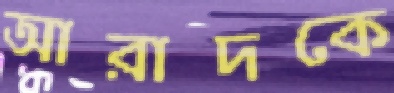
আরাদকে